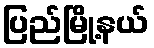
ပြည်မြို့နယ်